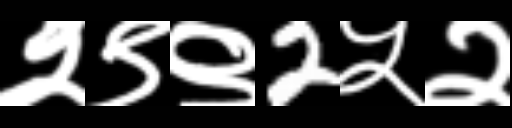
Text: २९९2५२